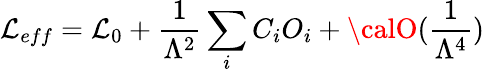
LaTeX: {\cal\mathcal{L}}_{eff}={\cal\mathcal{L}}_{0}+\frac{{1}}{{\Lambda^{2}}}\sum_{i}C_{i}O_{i}+{\calO}(\frac{{1}}{{\Lambda^{4}}})